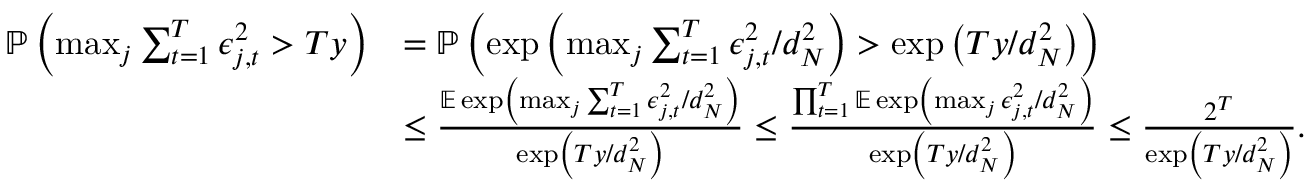
\begin{array} { r l } { \mathbb { P } \left( \operatorname* { m a x } _ { j } \sum _ { t = 1 } ^ { T } \epsilon _ { j , t } ^ { 2 } > T y \right) } & { = \mathbb { P } \left( \exp \left( \operatorname* { m a x } _ { j } \sum _ { t = 1 } ^ { T } \epsilon _ { j , t } ^ { 2 } / d _ { N } ^ { 2 } \right) > \exp \left( T y / d _ { N } ^ { 2 } \right) \right) } \\ & { \leq \frac { \mathbb { E } \exp \left( \operatorname* { m a x } _ { j } \sum _ { t = 1 } ^ { T } \epsilon _ { j , t } ^ { 2 } / d _ { N } ^ { 2 } \right) } { \exp \left( T y / d _ { N } ^ { 2 } \right) } \leq \frac { \prod _ { t = 1 } ^ { T } \mathbb { E } \exp \left( \operatorname* { m a x } _ { j } \epsilon _ { j , t } ^ { 2 } / d _ { N } ^ { 2 } \right) } { \exp \left( T y / d _ { N } ^ { 2 } \right) } \leq \frac { 2 ^ { T } } { \exp \left( T y / d _ { N } ^ { 2 } \right) } . } \end{array}